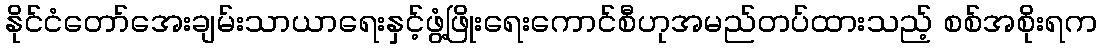
နိုင်ငံတော်အေးချမ်းသာယာရေးနှင့်ဖွံ့ဖြိုးရေးကောင်စီဟုအမည်တပ်ထားသည့် စစ်အစိုးရက